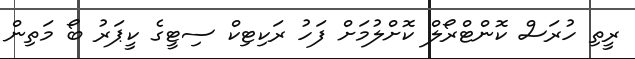
ރީތި ހުރަސް ކޮންޓްރޯލް ކޮށްލުމަށް ފަހު ރަކިޓިކް ސިޓީގެ ކީޕަރު ބޯ މަތިން